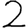
Digit: 2